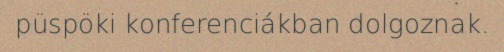
püspöki konferenciákban dolgoznak.